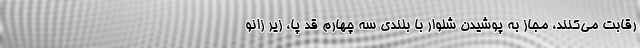
رقابت می‌کنند، مجاز به پوشیدن شلوار با بلندی سه چهارم قد پا، زیر زانو